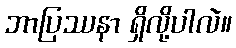
ဘာပြဿနာ ရှိလို့ပါလဲ။